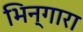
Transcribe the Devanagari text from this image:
भिन्गारा